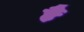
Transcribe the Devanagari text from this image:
र्है